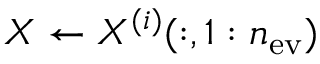
X \leftarrow X ^ { ( i ) } ( : , 1 : n _ { \mathrm { e v } } )